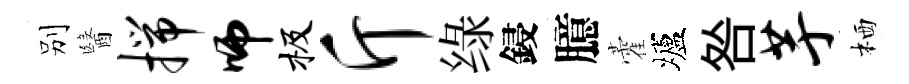
别醫揣师极斤绿鋟臆藿壚咎芋栖